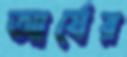
আর্যের